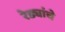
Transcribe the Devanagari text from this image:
रेड्यांचे